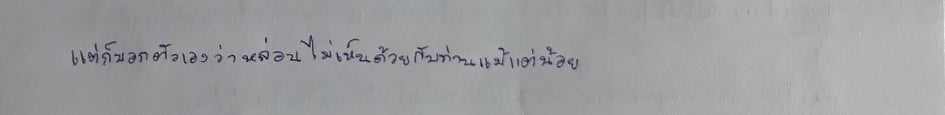
แต่ก็บอกตัวเองว่าหล่อนไม่เห็นด้วยกับท่านแม้แต่น้อย